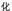
化